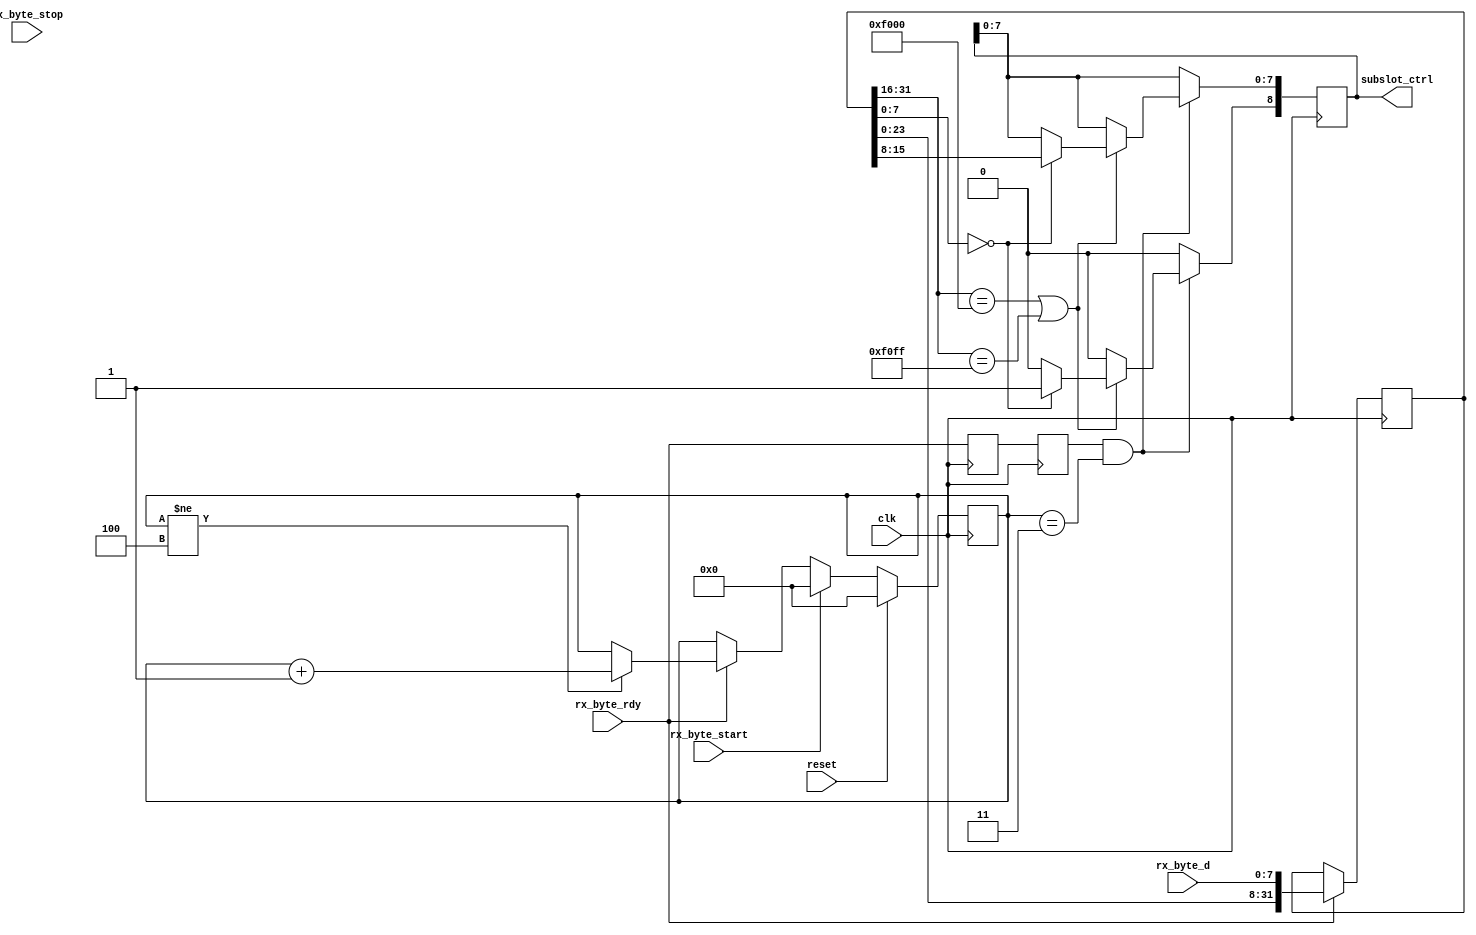
/* ****************************************************************************
-- (C) Copyright 2015 Kevin M. Hubbard @ Black Mesa Labs
-- Source file: mesa2ctrl.v                
-- Date:        October 4, 2015   
-- Author:      khubbard
-- Language:    Verilog-2001 
-- Description: The Mesa Bus to Control Bus translator. Decodes all subslot  
--              command nibbles for this slot. Write Only Operations.
-- License:     This project is licensed with the CERN Open Hardware Licence
--              v1.2.  You may redistribute and modify this project under the
--              terms of the CERN OHL v.1.2. (http://ohwr.org/cernohl).
--              This project is distributed WITHOUT ANY EXPRESS OR IMPLIED
--              WARRANTY, INCLUDING OF MERCHANTABILITY, SATISFACTORY QUALITY
--              AND FITNESS FOR A PARTICULAR PURPOSE. Please see the CERN OHL
--              v.1.2 for applicable Conditions.
--
--    "\n"..."FFFF"."(F0-12-34-04)[11223344]\n" : 
--        0xFF = Bus Idle ( NULLs )
--  B0    0xF0 = New Bus Cycle to begin ( Nibble and bit orientation )
--  B1    0x12 = Slot Number, 0xFF = Broadcast all slots, 0xFE = NULL Dest
--  B2    0x3  = Sub-Slot within the chip (0-0xF)
--        0x4  = Command Nibble for Sub-Slot
--  B3    0x04 = Number of Payload Bytes (0-255)
--        0x11223344 = Payload
--
--    Slot 0xFF    = Broadcast all slots
--    Sub-Slot 0x0 = User Local Bus Access
--    Sub-Slot 0xE = PROM Local Bus Access
--                   0x0 = Bus Write
--                   0x1 = Bus Read
--                   0x2 = Bus Write Repeat ( burst to single address )
--                   0x3 = Bus Read  Repeat ( burst read from single address )
--    Sub-Slot 0xF = Power and Pin Control ( Write Only )
-- 
-- Revision History:
-- Ver#  When      Who      What
-- ----  --------  -------- ---------------------------------------------------
-- 0.1   10.04.15  khubbard Creation
-- ***************************************************************************/
`default_nettype none // Strictly enforce all nets to be declared
                                                                                
module mesa2ctrl
(
  input  wire         clk,
  input  wire         reset,
  input  wire         rx_byte_start,
  input  wire         rx_byte_stop,
  input  wire         rx_byte_rdy,
  input  wire [7:0]   rx_byte_d,
  output reg  [8:0]   subslot_ctrl
); // module mesa2ctrl

  reg [3:0]     byte_cnt;
  reg [31:0]    dword_sr;
  reg           rx_byte_rdy_p1;
  reg           rx_byte_rdy_p2;
  reg           rx_byte_rdy_p3;
  reg           rx_byte_stop_p1;
  reg           rx_byte_stop_p2;
  reg           rx_byte_stop_p3;


//-----------------------------------------------------------------------------
// Shift a nibble into a byte shift register. 
//        |---- Header ----|--- Payload ---|
//           0   1   2   3
// Write : <F0><00><00><08>[<ADDR><DATA>]
// Read  : <F0><00><00><08>[<ADDR><Length>]
//-----------------------------------------------------------------------------
always @ ( posedge clk ) begin : proc_lb1
 rx_byte_rdy_p1  <= rx_byte_rdy;
 rx_byte_rdy_p2  <= rx_byte_rdy_p1;
 rx_byte_rdy_p3  <= rx_byte_rdy_p2;
 rx_byte_stop_p1 <= rx_byte_stop;
 rx_byte_stop_p2 <= rx_byte_stop_p1;
 rx_byte_stop_p3 <= rx_byte_stop_p2;

 if ( rx_byte_start == 1 ) begin
   byte_cnt   <= 4'd0;
 end else if ( rx_byte_rdy == 1 ) begin 
   if ( byte_cnt != 4'd4 ) begin
     byte_cnt   <= byte_cnt + 1; 
   end
 end 

 // Shift bytes into a 32bit SR
 if ( rx_byte_rdy == 1 ) begin 
   dword_sr[31:0] <= { dword_sr[23:0], rx_byte_d[7:0] };
 end

 subslot_ctrl[8] <= 0;// Strobe 
 // Accept single DWORD packets for Slot-00 (this) or Slot-FF (all)
 if ( rx_byte_rdy_p2 == 1 && byte_cnt[3:0] == 4'd3 ) begin
   if ( dword_sr[31:16] == 16'hF000 || 
        dword_sr[31:16] == 16'hF0FF    ) begin
     // Payload must be 0x00 length
     if ( dword_sr[7:0] == 8'h00 ) begin
       subslot_ctrl <= { 1'b1, dword_sr[15:8] };// D(8) is Strobe
     end
   end
 end

 if ( reset == 1 ) begin
   byte_cnt   <= 4'd0;
 end
 
end // proc_lb1


endmodule // mesa2ctrl